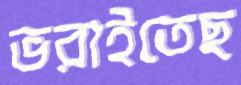
ভরাইতেছ